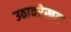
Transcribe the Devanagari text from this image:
उठावरेखन